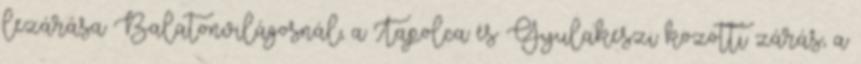
lezárása Balatonvilágosnál, a Tapolca és Gyulakeszi közötti zárás, a